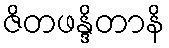
ဇိတဖန္ဒိတာနိ